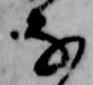
な